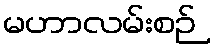
မဟာလမ်းစဉ်